Scottish Certificate of Education, 1963
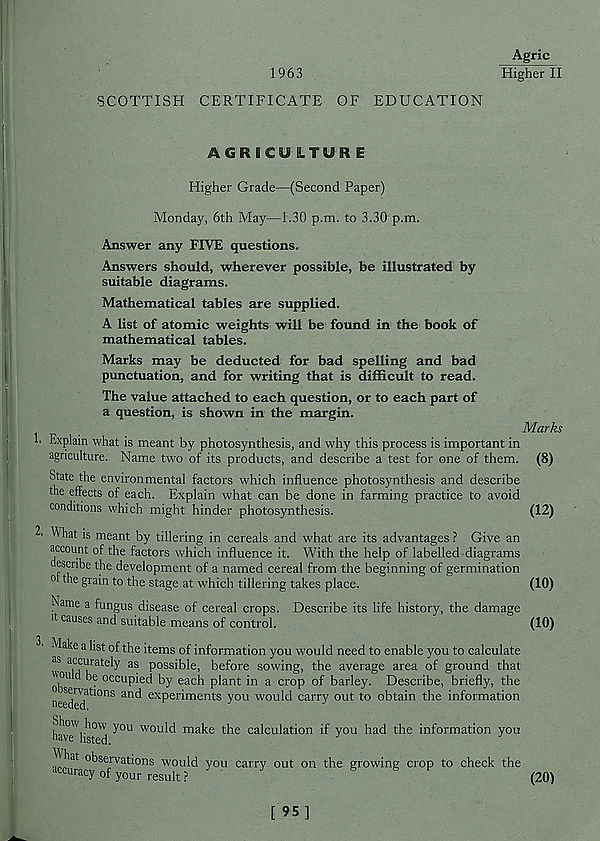
1963
Agric
Higher II
SCOTTISH CERTIFICATE OF EDUCATION
AGRICU LTURE
Higher Grade—(Second Paper)
Monday, 6th May—1.30 p.m. to 3.30 p.m.
Answer any FIVE questions.
Answers should, wherever possible, be illustrated by
suitable diagrams.
Mathematical tables are supplied.
A list of atomic weights will be found in the book of
mathematical tables.
Marks may be deducted for bad spelling and bad
punctuation, and for writing that is difficult to read.
The value attached to each question, or to each part of
a question, is shown in the margin.
Marks
!• Explain what is meant by photosynthesis, and why this process is important in
agriculture. Name two of its products, and describe a test for one of them. (8)
State the environmental factors which influence photosynthesis and describe
the effects of each. Explain what can be done in farming practice to avoid
conditions which might hinder photosynthesis.
(12)
2. What is meant by tillering in cereals and what are its advantages ? Give an
account of the factors which influence it. With the help of labelled diagrams
escribe the development of a named cereal from the beginning of germination
o the grain to the stage at which tillering takes place.
(10)
Name a fungus disease of cereal crops. Describe its life history, the damage
it causes and suitable means of control.
(10)
Make a list of the items of information you would need to enable you to calculate
38 a . c , curat:e b' as possible, before sowing, the average area of ground that
^'ou d be occupied by each plant in a crop of barley. Describe, briefly, the
neetTd^1 0118
ex P er t ments Y 011 would carry out to obtain the information
have'lift'd ^°U W0U^ ma^e the calculation if you had the information you
^hat observations would you carry out on the growing crop to check the
accuracy of your result?
S
S
F
^
[ 95]